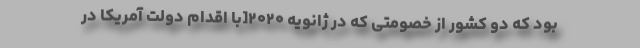
بود که دو کشور از خصومتی که در ژانویه ۲۰۲۰[با اقدام دولت آمریکا در